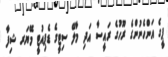
ޕީގެ އަންހެނުންގެ ރޫހުގެ ރައީސާ އަދި މާލޭ ސިޓީގެ ޑެޕިއުޓީ މޭޔަރ ޝިފާ